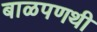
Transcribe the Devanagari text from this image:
बाळपणथी